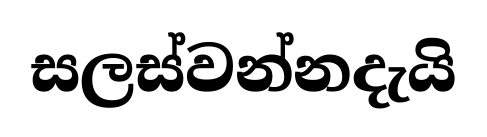
සලස්වන්නදැයි